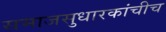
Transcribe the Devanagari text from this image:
समाजसुधारकांचीच